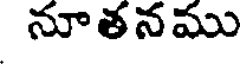
నూతనము